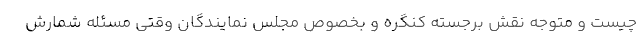
چیست و متوجه نقش برجسته کنگره و بخصوص مجلس نمایندگان وقتی مسئله شمارش